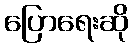
ပြောရေးဆို